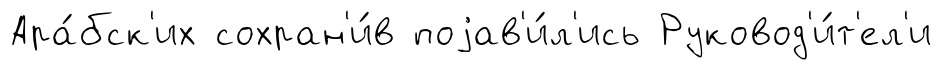
Ара́бск'их сохран'и́в поjав'и́л'ись Руковод'и́т'ел'и